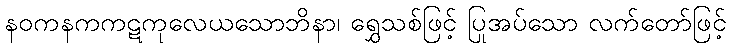
နဝကနကကဋကုလေယသောဘိနာ၊ ရွှေသစ်ဖြင့် ပြုအပ်သော လက်တော်ဖြင့်